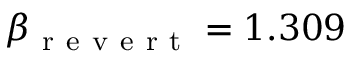
\beta _ { \mathrm { ~ r ~ e ~ v ~ e ~ r ~ t ~ } } = 1 . 3 0 9